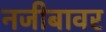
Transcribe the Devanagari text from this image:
नजीबावर